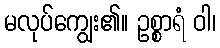
မလုပ်ကျွေး၏။ ဥစ္စာရံ ဝါ၊